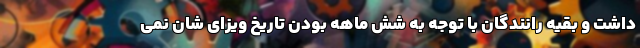
داشت و بقیه رانندگان با توجه به شش ماهه بودن تاریخ ویزای شان نمی